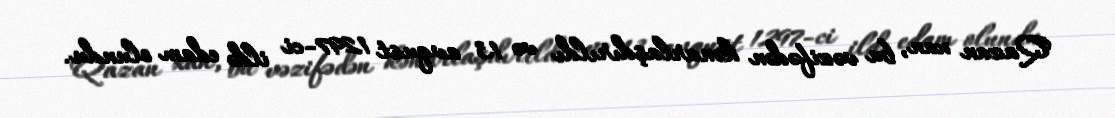
Qazan xan, bu vəzifədən kənarlaşdırıldı və 13 avqust 1297-ci ildə edam olundu.